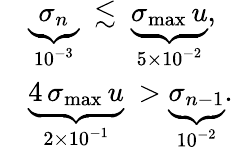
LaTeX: \begin{array}{rl}&{\underbrace{\sigma_{n}}_{10^{-3}}\ \lesssim\ \underbrace{\sigma_{\operatorname*{max}}\, u}_{5\times 10^{-2}},}\\ &{\underbrace{4\, \sigma_{\operatorname*{max}}\, u}_{2\times 10^{-1}}\ >\underbrace{\sigma_{n-1}}_{10^{-2}}.}\end{array}